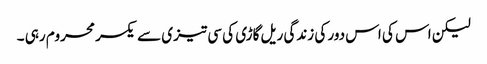
لیکن اس کی اس دور کی زندگی ریل گاڑی کی سی تیزی سے یکسر محروم رہی ۔